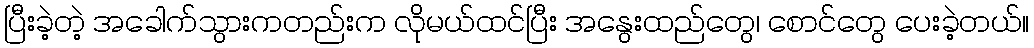
ပြီးခဲ့တဲ့ အခေါက်သွားကတည်းက လိုမယ်ထင်ပြီး အနွေးထည်တွေ၊ စောင်တွေ ပေးခဲ့တယ်။